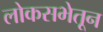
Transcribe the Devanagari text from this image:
लोकसभेतून